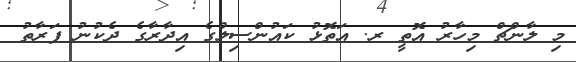
މި ލާންޗް މިހާރު އޮތީ ރ. އަތޮޅު ކައުންސިލްގެ އިދާރާގެ ދެކުނު ފަރާތު